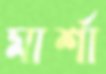
মার্শা